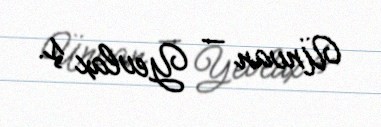
Ünvan — Yevlax ş.